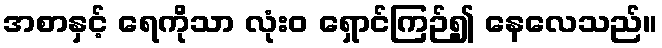
အစာနှင့် ရေကိုသာ လုံးဝ ရှောင်ကြဉ်၍ နေလေသည်။